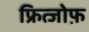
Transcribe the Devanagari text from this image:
फ्रित्जोफ़